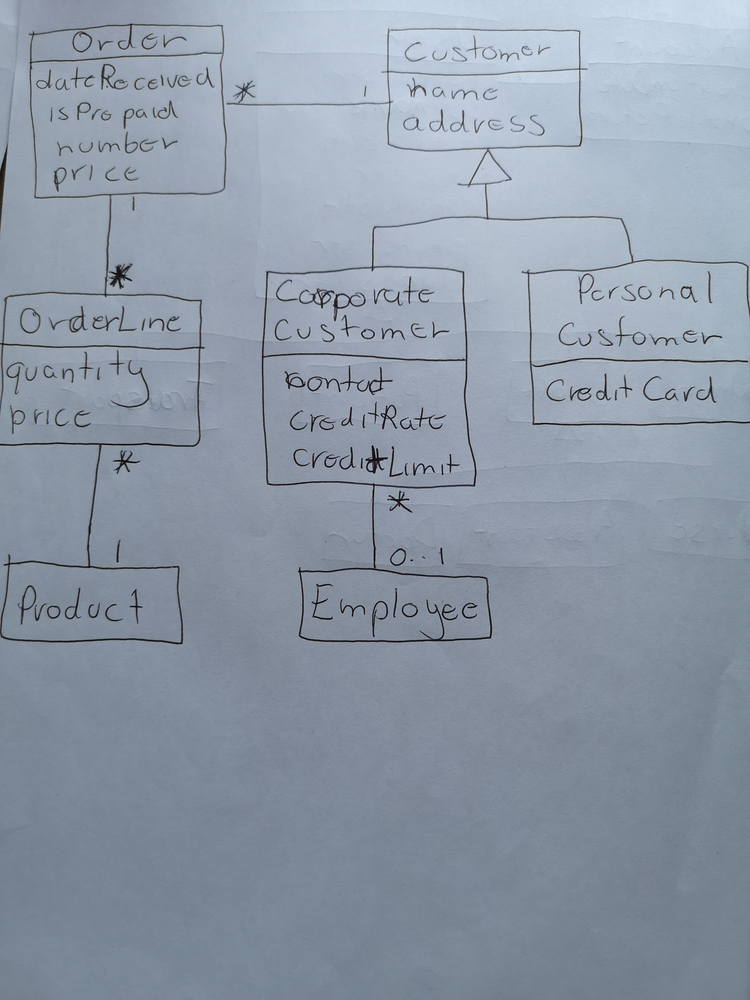
Diagram type: class_diagram
```plantuml
@startuml

class Order {
  dateReceived
  isPrepaid
  number
  price
}

class OrderLine {
  quantity
  price
}

class Product

class Customer {
  name
  address
}

class CorporateCustomer extends Customer {
  contact
  creditRate
  creditLimit
}

class PersonalCustomer extends Customer {
  creditCard
}

class Employee

Order "*" -- "1" Customer
Order "1" -- "*" OrderLine

OrderLine "*" -- "1" Product

CorporateCustomer "*" -- "0..1" Employee

@enduml
```